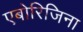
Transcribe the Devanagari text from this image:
एबोरिजिना